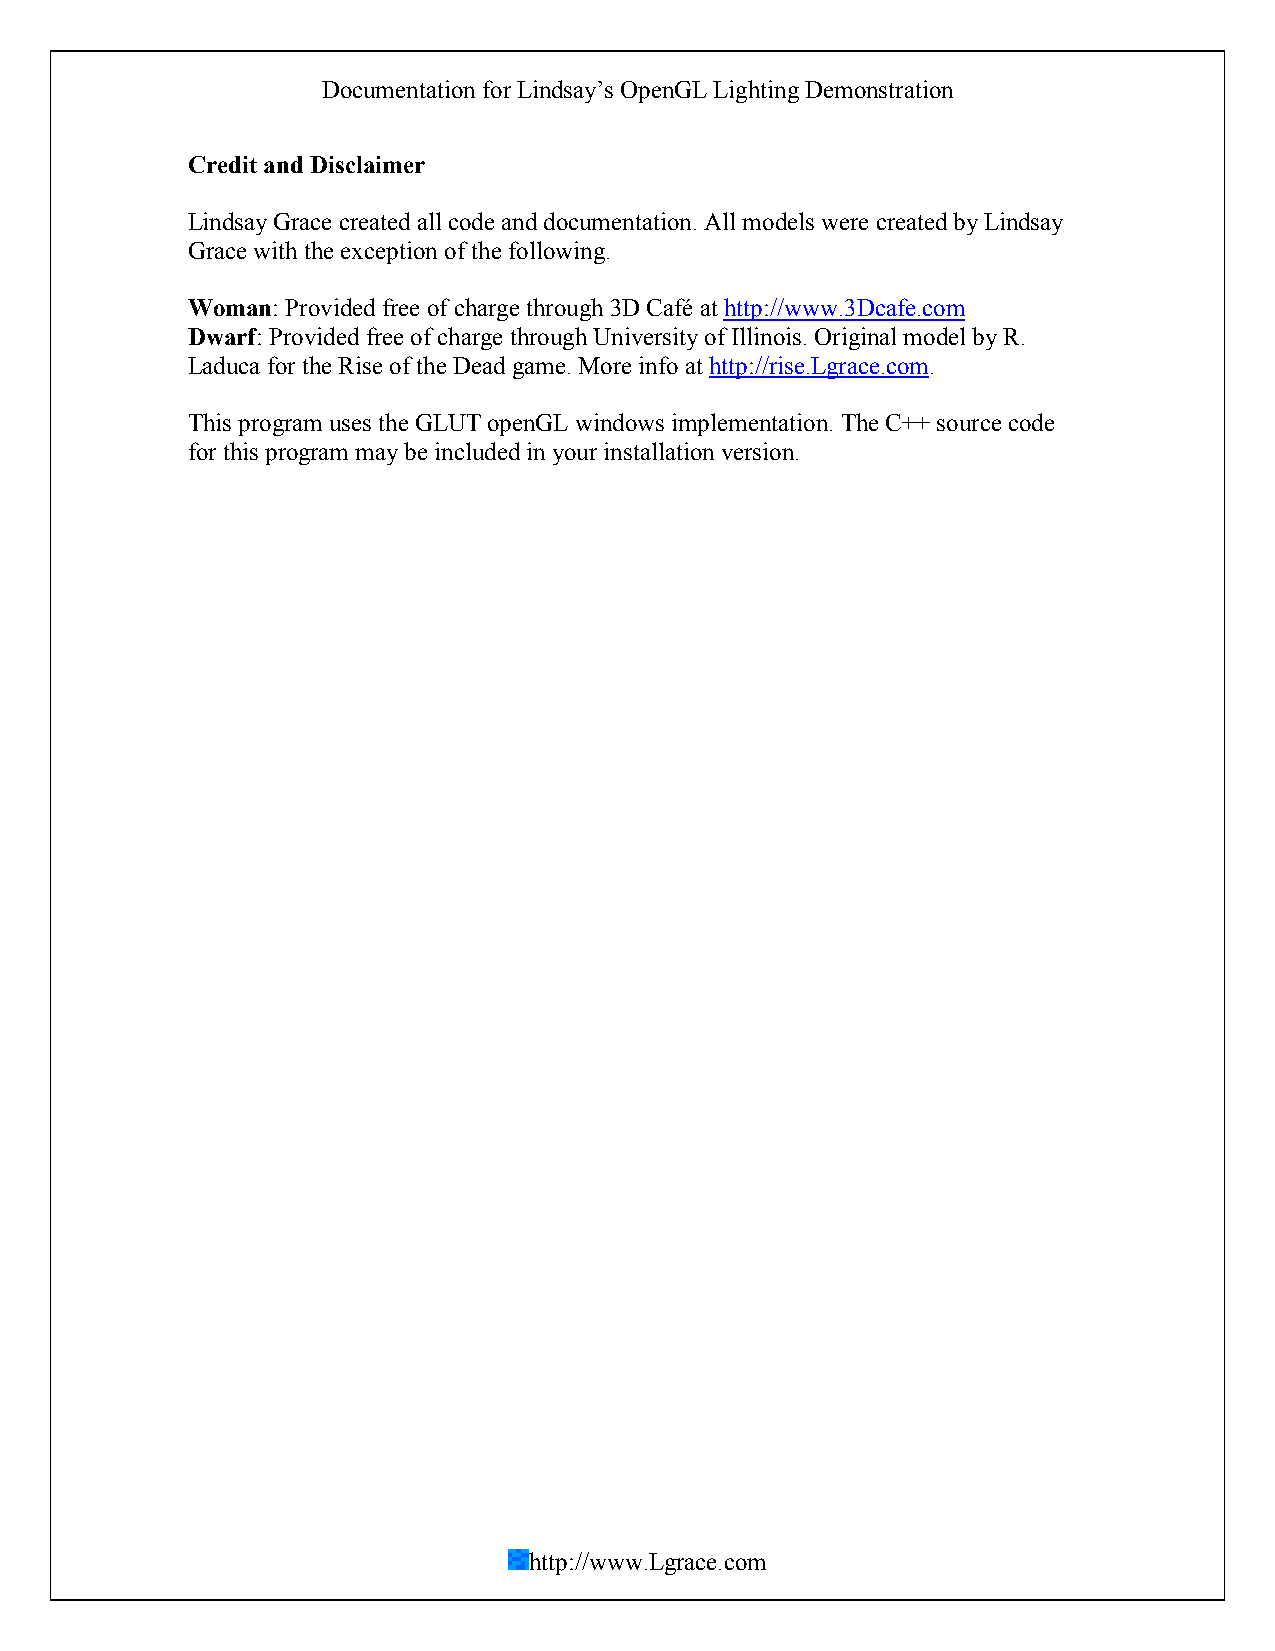
Documentation for Lindsay’s OpenGL Lighting Demonstration
 Credit and Disclaimer
 Lindsay Grace created all code and documentation. All models were created by Lindsay
 Grace with the exception of the following.
 Woman: Provided free of charge through 3D Café at http://www.3Dcafe.com
 Dwarf: Provided free of charge through University of Illinois. Original model by R.
 Laduca for the Rise of the Dead game. More info at http://rise.Lgrace.com.
 This program uses the GLUT openGL windows implementation. The C++ source code
 for this program may be included in your installation version.
 http://www.Lgrace.com